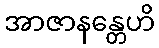
အာဇာနန္တေဟိ